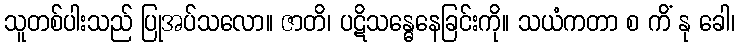
သူတစ်ပါးသည် ပြုအပ်သလော။ ဇာတိ၊ ပဋိသန္ဓေနေခြင်းကို။ သယံကတာ စ ကိံ နု ခေါ၊